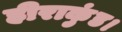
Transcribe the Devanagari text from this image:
हीराकुंड।